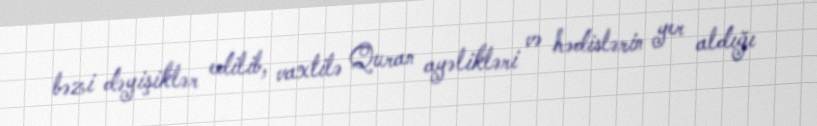
bəzi dəyişiklər edilib, vaxtilə Quran ayəlikləri və hədislərin yer aldığı